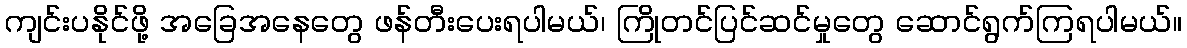
ကျင်းပနိုင်ဖို့ အခြေအနေတွေ ဖန်တီးပေးရပါမယ်၊ ကြိုတင်ပြင်ဆင်မှုတွေ ဆောင်ရွက်ကြရပါမယ်။